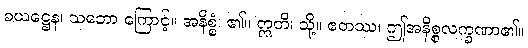
ခယဋ္ဌေန၊ သဘော ကြောင့်။ အနိစ္စံ၊ ၏။ ဣတိ၊ သို့။ ဧတဿ၊ ဤအနိစ္စလက္ခဏာ၏။